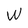
Character: W